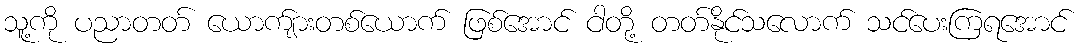
သူ့ကို ပညာတတ် ယောက်ျားတစ်ယောက် ဖြစ်အောင် ငါတို့ တတ်နိုင်သလောက် သင်ပေးကြရအောင်